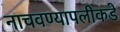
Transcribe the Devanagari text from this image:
नाचवण्यापलीकडे